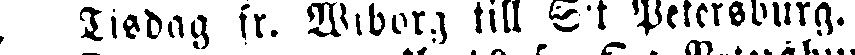
Tisdag fr. Wiborg till S·t Petersburg.